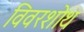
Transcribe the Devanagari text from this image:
विवरशोथ